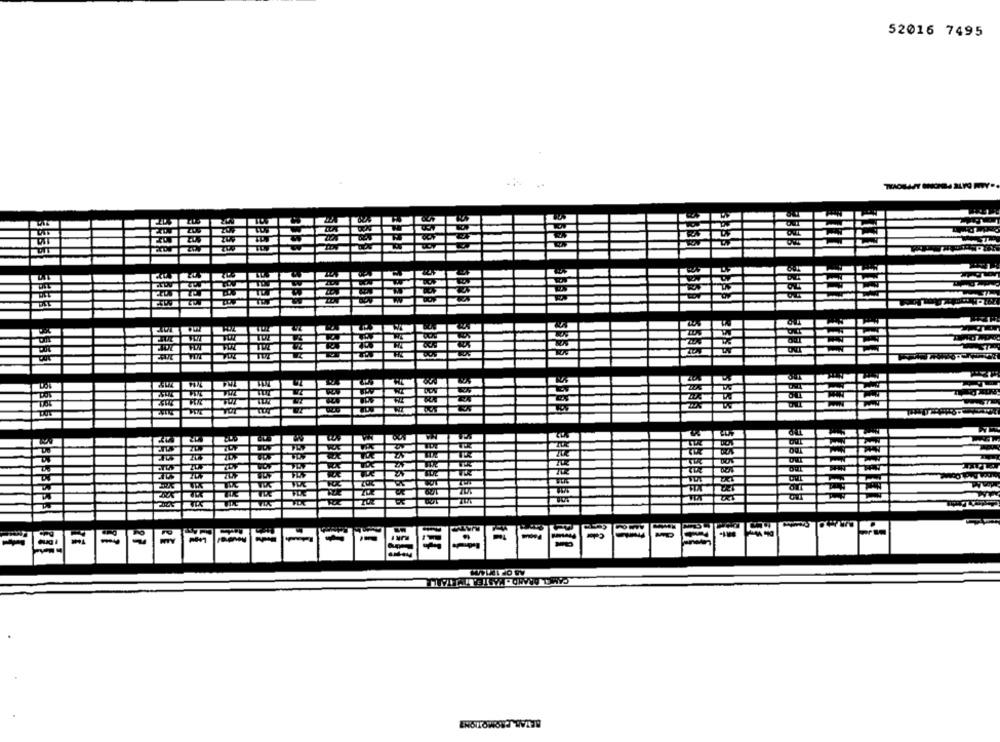
52016 7495
2OF
WI
TOE
20.2
FOX
-
-
=
BETAR-PROMOTION?